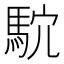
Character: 𱄗